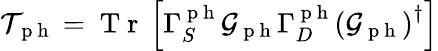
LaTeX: \mathcal{T}_{\mathrm{~p~h~}}=\mathrm{~T~r~}\left[\Gamma_{S}^{\mathrm{~p~h~}}\mathcal{G}_{\mathrm{~p~h~}}\Gamma_{D}^{\mathrm{~p~h~}}\left(\mathcal{G}_{\mathrm{~p~h~}}\right)^{\dagger}\right]